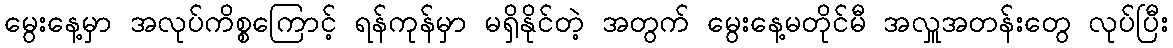
မွေးနေ့မှာ အလုပ်ကိစ္စကြောင့် ရန်ကုန်မှာ မရှိနိုင်တဲ့ အတွက် မွေးနေ့မတိုင်မီ အလှူအတန်းတွေ လုပ်ပြီး